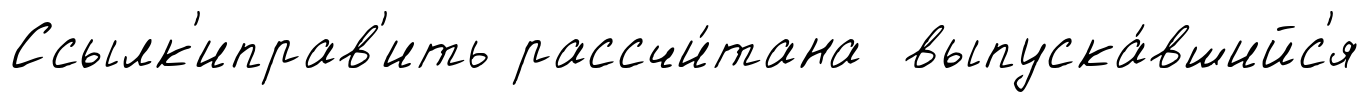
Ссылк'иправ'ить рассчи́тана выпуска́вшийс'я